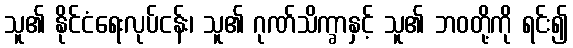
သူ၏ နိုင်ငံရေးလုပ်ငန်း၊ သူ၏ ဂုဏ်သိက္ခာနှင့် သူ၏ ဘဝတို့ကို ရင်း၍